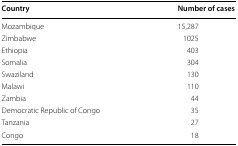
| Country | Number of cases |
 | --- | --- |
 | Mozambique | 15,287 |
 | Zimbabwe | 1025 |
 | Ethiopia | 403 |
 | Somalia | 304 |
 | Swaziland | 130 |
 | Malawi | 110 |
 | Zambia | 44 |
 | Democratic Republic of Congo | 35 |
 | Tanzania | 27 |
 | Congo | 18 |